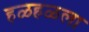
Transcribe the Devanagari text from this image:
हळहळला